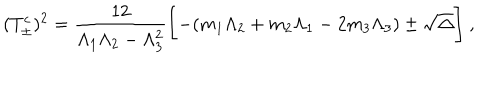
( T _ { \pm } ^ { c } ) ^ { 2 } = \frac { 1 2 } { \Lambda _ { 1 } \Lambda _ { 2 } - \Lambda _ { 3 } ^ { 2 } } \Biggl [ - ( m _ { 1 } \Lambda _ { 2 } + m _ { 2 } \Lambda _ { 1 } - 2 m _ { 3 } \Lambda _ { 3 } ) \pm \sqrt { \Delta } \Biggr ] ~ ,